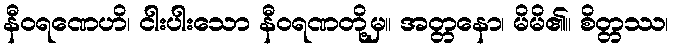
နီဝရဏေဟိ၊ ငါးပါးသော နီဝရဏတို့မှ။ အတ္တနော၊ မိမိ၏။ စိတ္တဿ၊